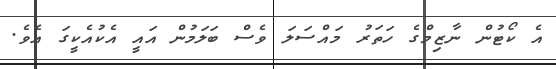
އެ ކޯޓުން ނާޒިމްގެ ހަތަރު މައްސަލަ ވެސް ބަލަމުން އައީ އެކުއެކީގަ އެވެ.